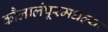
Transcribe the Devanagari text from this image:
कौलालंपूरमधल्या